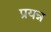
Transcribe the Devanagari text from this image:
प्रयन्न